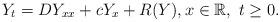
LaTeX: \begin{align*}Y_t=DY_{xx}+cY_{x}+R(Y), x\in\mathbb{R}, \ t\geq 0.\end{align*}